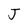
Character: J